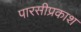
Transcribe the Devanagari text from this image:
पारसीप्रकाश